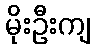
မိုးဦးကျ